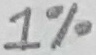
Text: 1%